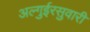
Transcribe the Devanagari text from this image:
अल्गुईरसुवारी